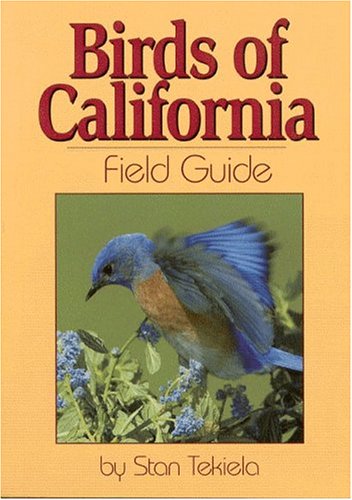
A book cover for Birds of California Field Guide (Our Nature Field Guides); Stan Tekiela; Science & Math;